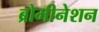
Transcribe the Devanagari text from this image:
ब्रोमीनेशन